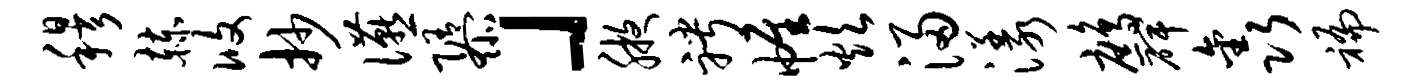
穆赫攸抄宴隳」腋聘帷炊浸漾鹧碑鑫褊